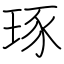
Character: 琢